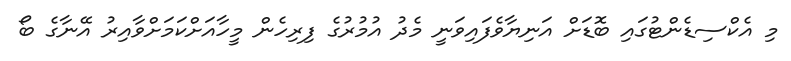
މި އެކްސިޑެންޓުގައި ބޮޑަށް އަނިޔާވެފައިވަނީ މެދު އުމުރުގެ ފިރިހެން މީހާއަށްކަމަށްވާއިރު އޭނާގެ ބޯ